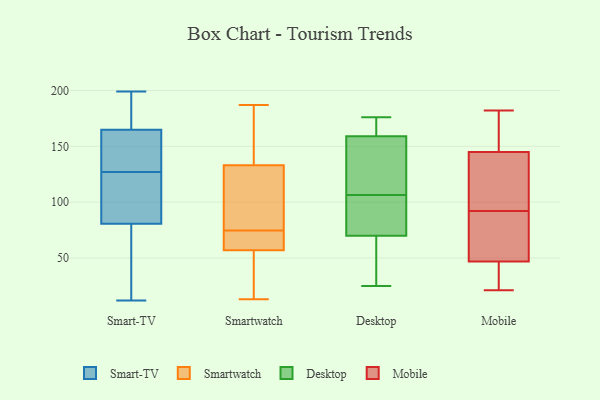
{"axis": {"x": "Customer Acquisition Cost (USD)", "y": "Value"}, "legend": ["Desktop", "Mobile", "Smart-TV", "Smartwatch"], "data": [{"x": "", "y": 158, "type": "Smart-TV"}, {"x": "", "y": 99, "type": "Smart-TV"}, {"x": "", "y": 185, "type": "Smart-TV"}, {"x": "", "y": 82, "type": "Smart-TV"}, {"x": "", "y": 126, "type": "Smart-TV"}, {"x": "", "y": 36, "type": "Smart-TV"}, {"x": "", "y": 186, "type": "Smart-TV"}, {"x": "", "y": 199, "type": "Smart-TV"}, {"x": "", "y": 77, "type": "Smart-TV"}, {"x": "", "y": 127, "type": "Smart-TV"}, {"x": "", "y": 150, "type": "Smart-TV"}, {"x": "", "y": 154, "type": "Smart-TV"}, {"x": "", "y": 12, "type": "Smart-TV"}, {"x": "", "y": 44, "type": "Smartwatch"}, {"x": "", "y": 80, "type": "Smartwatch"}, {"x": "", "y": 133, "type": "Smartwatch"}, {"x": "", "y": 55, "type": "Smartwatch"}, {"x": "", "y": 187, "type": "Smartwatch"}, {"x": "", "y": 69, "type": "Smartwatch"}, {"x": "", "y": 42, "type": "Smartwatch"}, {"x": "", "y": 165, "type": "Smartwatch"}, {"x": "", "y": 98, "type": "Smartwatch"}, {"x": "", "y": 164, "type": "Smartwatch"}, {"x": "", "y": 63, "type": "Smartwatch"}, {"x": "", "y": 13, "type": "Smartwatch"}, {"x": "", "y": 57, "type": "Smartwatch"}, {"x": "", "y": 58, "type": "Smartwatch"}, {"x": "", "y": 58, "type": "Smartwatch"}, {"x": "", "y": 120, "type": "Smartwatch"}, {"x": "", "y": 173, "type": "Smartwatch"}, {"x": "", "y": 105, "type": "Smartwatch"}, {"x": "", "y": 138, "type": "Desktop"}, {"x": "", "y": 72, "type": "Desktop"}, {"x": "", "y": 66, "type": "Desktop"}, {"x": "", "y": 48, "type": "Desktop"}, {"x": "", "y": 154, "type": "Desktop"}, {"x": "", "y": 68, "type": "Desktop"}, {"x": "", "y": 57, "type": "Desktop"}, {"x": "", "y": 25, "type": "Desktop"}, {"x": "", "y": 118, "type": "Desktop"}, {"x": "", "y": 173, "type": "Desktop"}, {"x": "", "y": 147, "type": "Desktop"}, {"x": "", "y": 107, "type": "Desktop"}, {"x": "", "y": 176, "type": "Desktop"}, {"x": "", "y": 73, "type": "Desktop"}, {"x": "", "y": 164, "type": "Desktop"}, {"x": "", "y": 173, "type": "Desktop"}, {"x": "", "y": 164, "type": "Desktop"}, {"x": "", "y": 106, "type": "Desktop"}, {"x": "", "y": 105, "type": "Desktop"}, {"x": "", "y": 73, "type": "Desktop"}, {"x": "", "y": 62, "type": "Mobile"}, {"x": "", "y": 61, "type": "Mobile"}, {"x": "", "y": 157, "type": "Mobile"}, {"x": "", "y": 83, "type": "Mobile"}, {"x": "", "y": 51, "type": "Mobile"}, {"x": "", "y": 143, "type": "Mobile"}, {"x": "", "y": 32, "type": "Mobile"}, {"x": "", "y": 21, "type": "Mobile"}, {"x": "", "y": 31, "type": "Mobile"}, {"x": "", "y": 34, "type": "Mobile"}, {"x": "", "y": 153, "type": "Mobile"}, {"x": "", "y": 144, "type": "Mobile"}, {"x": "", "y": 127, "type": "Mobile"}, {"x": "", "y": 182, "type": "Mobile"}, {"x": "", "y": 106, "type": "Mobile"}, {"x": "", "y": 148, "type": "Mobile"}, {"x": "", "y": 92, "type": "Mobile"}]}